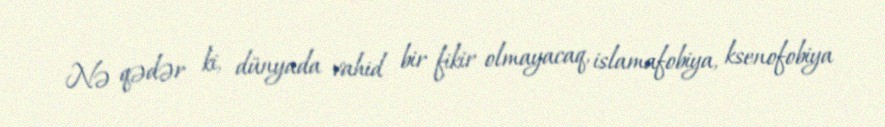
Nə qədər ki, dünyada vahid bir fikir olmayacaq, islamafobiya, ksenofobiya